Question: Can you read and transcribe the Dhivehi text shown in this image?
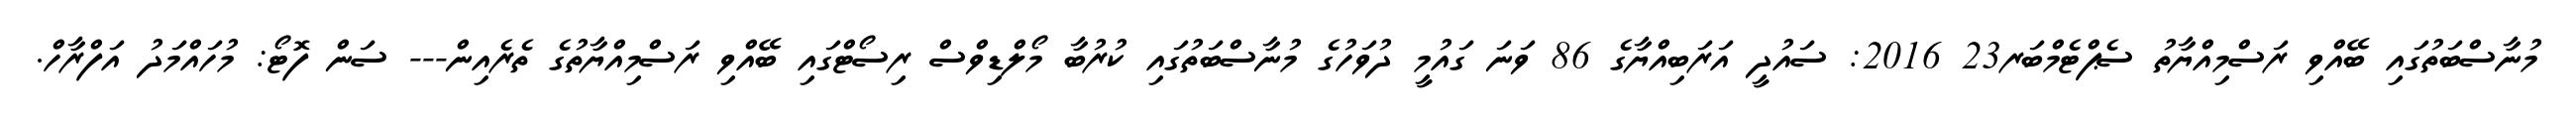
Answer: މުނާސްބަތުގައި ބޭއްވި ރަސްމިއްޔާތު ސެޕްޓެމްބަރ23 2016: ސައުދީ އަރަބިއްޔާގެ 86 ވަނަ ގައުމީ ދުވަހުގެ މުނާސްބަތުގައި ކުރުބާ މޯލްޑިވްސް ރިސޯޓްގައި ބޭއްވި ރަސްމިއްޔާތުގެ ތެރެއިން--- ސަން ފޮޓޯ: މުހައްމަދު އަފްރާހް.